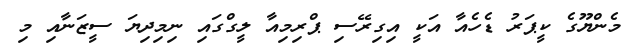
މެންޔޫގެ ކީޕަރު ޑެހެއާ އަކީ އިގިރޭސި ޕްރިމިއާ ލީގްގައި ނިމިދިޔަ ސީޒަނާއި މި